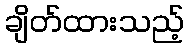
ချိတ်ထားသည့်